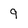
Character: 9